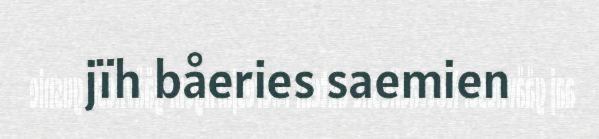
jïh båeries saemien